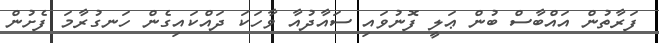
ފަރާތުން އައްބާސް ބުން ޢަލީ ފޮނުވައި ސައާދުއާ ވާހަކަ ދައްކައިގެން ހަނގުރާމަ ފެށުން